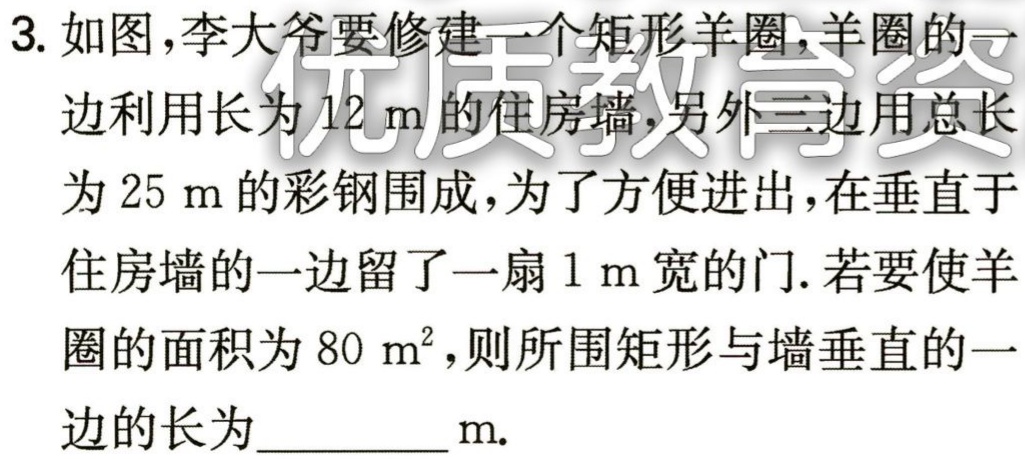
3. 如图，李大爷要修建一个矩形羊圈，羊圈的一边利用长为\(12\mathrm{m}\)的住房墙，另外三边用总长为\(25\mathrm{m}\)的彩钢围成，为了方便进出，在垂直于住房墙的一边留了一扇\(1\mathrm{m}\)宽的门. 若要使羊圈的面积为\(80\mathrm{m}^{2}\)，则所围矩形与墙垂直的一边的长为__________\(\mathrm{m}\).